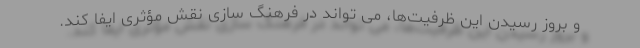
و بروز رسیدن این ظرفیت‌ها، می تواند در فرهنگ سازی نقش مؤثری ایفا کند.